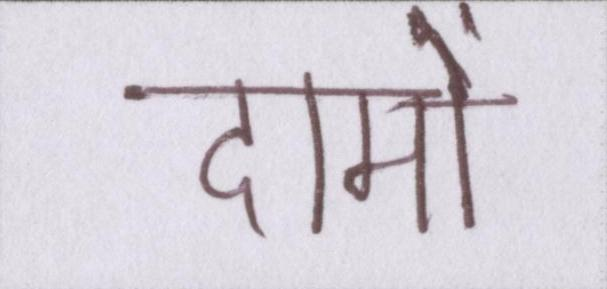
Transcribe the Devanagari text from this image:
दामों